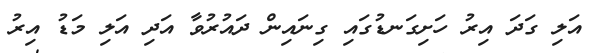
އަލި ގަދަ އިރު ހަށިގަނޑުގައި ގިނައިން ދައުރުވާ އަދި އަލި މަޑު އިރު